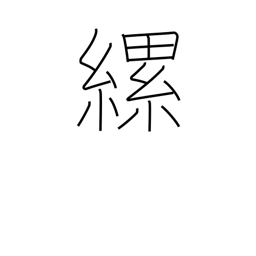
Meaning: tie